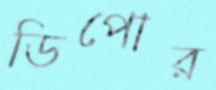
ডিপোর